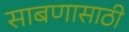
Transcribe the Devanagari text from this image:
साबणासाठी